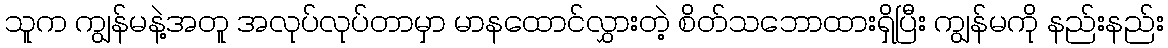
သူက ကျွန်မနဲ့အတူ အလုပ်လုပ်တာမှာ မာနထောင်လွှားတဲ့ စိတ်သဘောထားရှိပြီး ကျွန်မကို နည်းနည်း